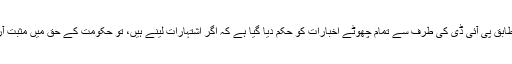
خبر کے مطابق پی آئی ڈی کی طرف سے تمام چھوٹے اخبارات کو حکم دیا گیا ہے کہ اگر اشتہارات لینے ہیں، تو حکومت کے حق میں مثبت آرٹیکل لکھو۔